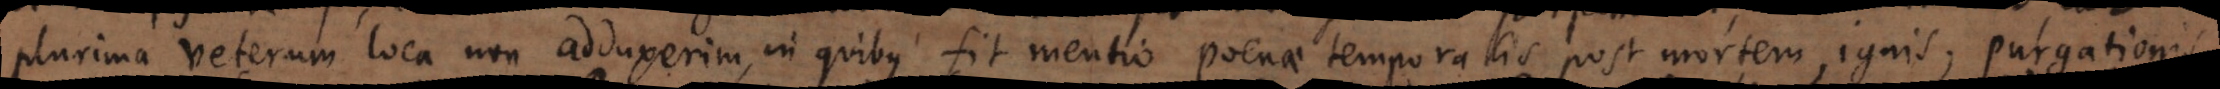
plurima veterum loca non adduxerim, in quibus fit mentio poenae temporalis post mortem, ignis, purgationis,